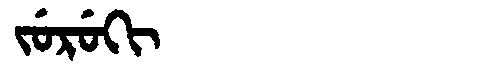
Manchu: ᠵᡠᡵᡠᡴᡳ
Romanization: JURUKI